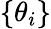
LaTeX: \{ \theta_{i}\}